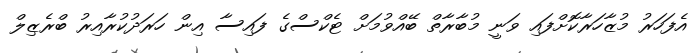
އެފަހަރު މުޒާހަރާކޮށްފައި ވަނީ މުބާރާތް ބޭއްވުމަށް ޓެކްސްގެ ފައިސާ އިން ހަރަދުކުރާއިރު ބްރެޒިލް